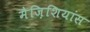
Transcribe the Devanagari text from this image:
मैज़िशियांस